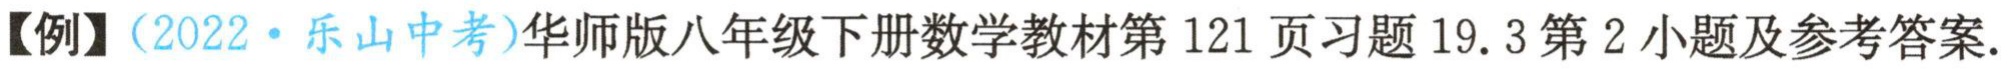
【例】（2022·乐山中考）华师版八年级下册数学教材第121页习题19.3第2小题及参考答案.